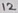
Text: 12